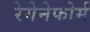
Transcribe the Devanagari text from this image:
रेगेनेफोर्म